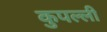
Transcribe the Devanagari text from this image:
कुपल्ली